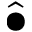
\widehat { \bullet }